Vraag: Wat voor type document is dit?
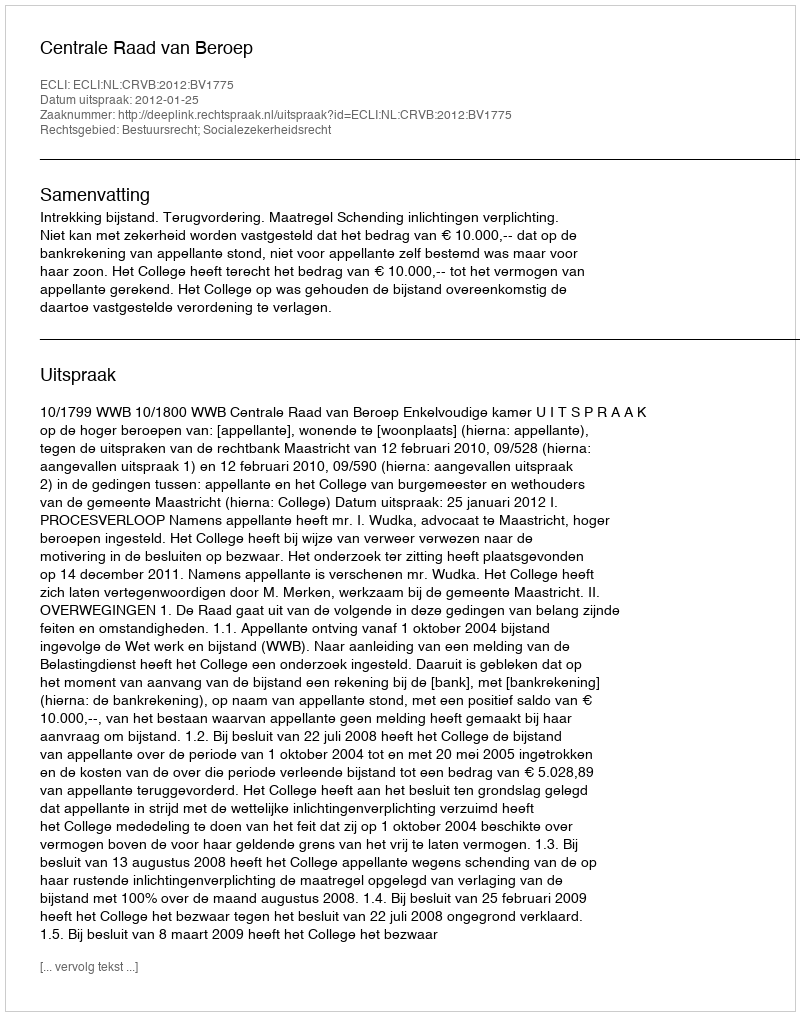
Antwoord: Uitspraak